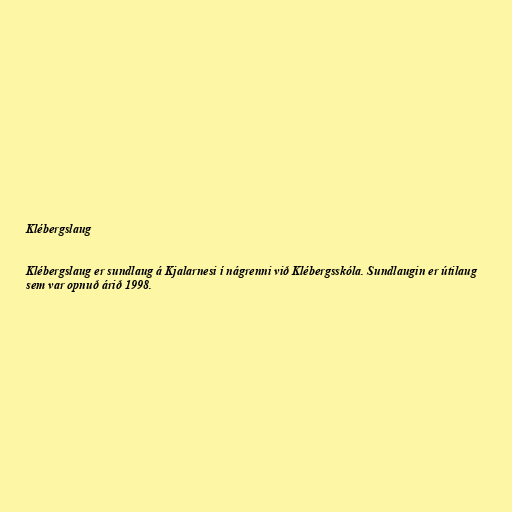
Klébergslaug

Klébergslaug er sundlaug á Kjalarnesi í nágrenni við Klébergsskóla. Sundlaugin er útilaug
sem var opnuð árið 1998.